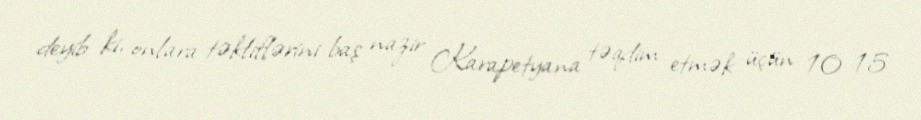
deyib ki, onlara təkliflərini baş nazir Karapetyana təqdim etmək üçün 10-15